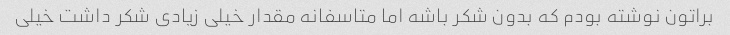
براتون نوشته بودم که بدون شکر باشه اما متاسفانه مقدار خیلی زیادی شکر داشت خیلی